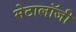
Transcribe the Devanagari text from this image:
मेटालॉजी